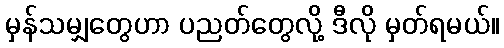
မှန်သမျှတွေဟာ ပညတ်တွေလို့ ဒီလို မှတ်ရမယ်။